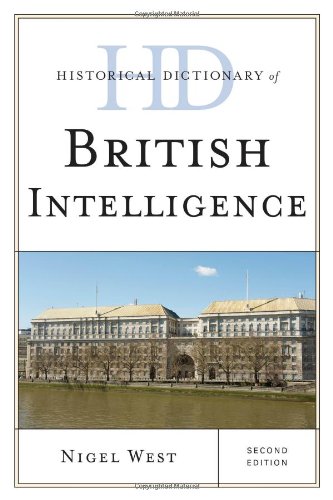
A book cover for Historical Dictionary of British Intelligence (Historical Dictionaries of Intelligence and Counterintelligence); Nigel West; Reference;